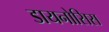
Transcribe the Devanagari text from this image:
डायनोसिस